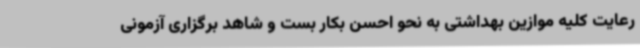
رعایت کلیه موازین بهداشتی به نحو احسن بکار بست و شاهد برگزاری آزمونی